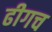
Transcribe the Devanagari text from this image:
ढीगच